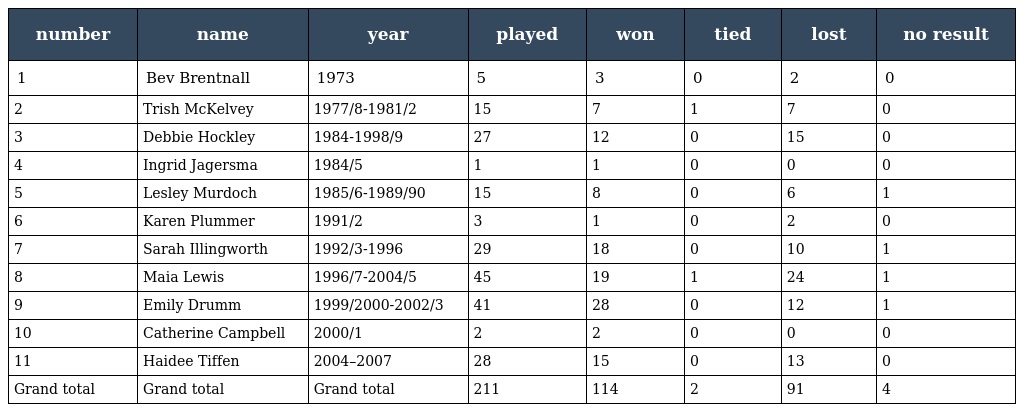
| number | name | year | played | won | tied | lost | no result |
 | --- | --- | --- | --- | --- | --- | --- | --- |
 | 1 | Bev Brentnall | 1973 | 5 | 3 | 0 | 2 | 0 |
 | 2 | Trish McKelvey | 1977/8-1981/2 | 15 | 7 | 1 | 7 | 0 |
 | 3 | Debbie Hockley | 1984-1998/9 | 27 | 12 | 0 | 15 | 0 |
 | 4 | Ingrid Jagersma | 1984/5 | 1 | 1 | 0 | 0 | 0 |
 | 5 | Lesley Murdoch | 1985/6-1989/90 | 15 | 8 | 0 | 6 | 1 |
 | 6 | Karen Plummer | 1991/2 | 3 | 1 | 0 | 2 | 0 |
 | 7 | Sarah Illingworth | 1992/3-1996 | 29 | 18 | 0 | 10 | 1 |
 | 8 | Maia Lewis | 1996/7-2004/5 | 45 | 19 | 1 | 24 | 1 |
 | 9 | Emily Drumm | 1999/2000-2002/3 | 41 | 28 | 0 | 12 | 1 |
 | 10 | Catherine Campbell | 2000/1 | 2 | 2 | 0 | 0 | 0 |
 | 11 | Haidee Tiffen | 2004–2007 | 28 | 15 | 0 | 13 | 0 |
 | Grand total | Grand total | Grand total | 211 | 114 | 2 | 91 | 4 |